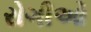
રોગીઓ